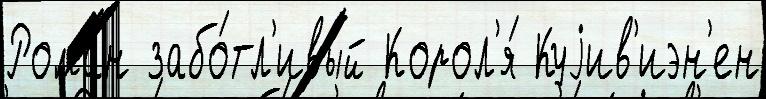
Рома́н забо́тл'ивый Корол'я́ Куjив'иэн'ен